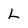
Character: L